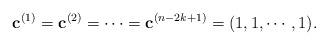
LaTeX: \begin{align*} \mathbf{c}^{(1)}=\mathbf{c}^{(2)}=\cdots=\mathbf{c}^{(n-2k+1)}=(1,1,\cdots,1). \end{align*}